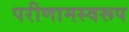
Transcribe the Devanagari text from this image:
परीणामस्वरूप